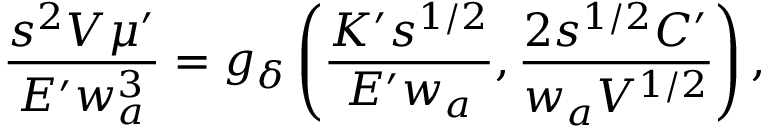
\frac { s ^ { 2 } V \mu ^ { \prime } } { E ^ { \prime } w _ { a } ^ { 3 } } = g _ { \delta } \left( \frac { K ^ { \prime } s ^ { 1 / 2 } } { E ^ { \prime } w _ { a } } , \frac { 2 s ^ { 1 / 2 } C ^ { \prime } } { w _ { a } V ^ { 1 / 2 } } \right) ,